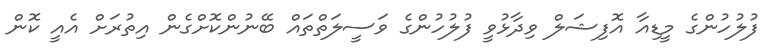
ފުލުހުންގެ މީޑިއާ އޮފިޝަލް ވިދާޅުވީ ފުލުހުންގެ ވަސީލަތްތައް ބޭނުންކޮށްގެން އިތުރަށް އެއީ ކޮން